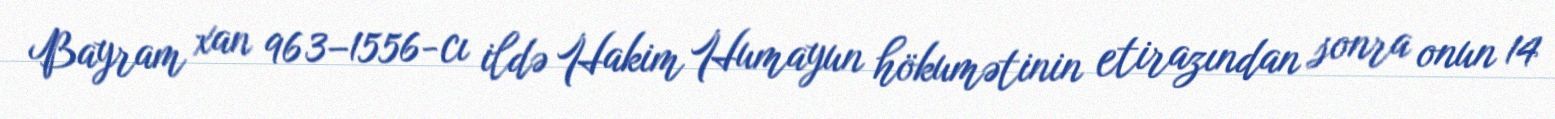
Bayram xan 963–1556-cı ildə Hakim Humayun hökumətinin etirazından sonra onun 14